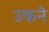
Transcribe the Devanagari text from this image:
उकने